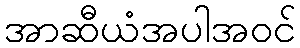
အာဆီယံအပါအဝင်